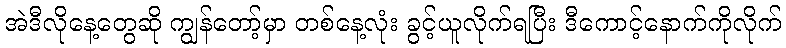
အဲဒီလိုနေ့တွေဆို ကျွန်တော့်မှာ တစ်နေ့လုံး ခွင့်ယူလိုက်ရပြီး ဒီကောင့်နောက်ကိုလိုက်